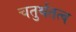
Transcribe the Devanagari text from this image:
चतुर्थतत्व